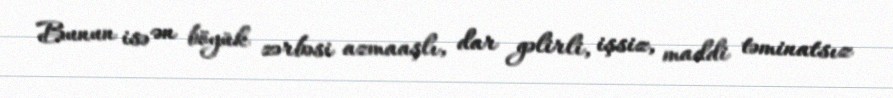
Bunun isə ən böyük zərbəsi azmaaşlı, dar gəlirli, işsiz, maddi təminatsız